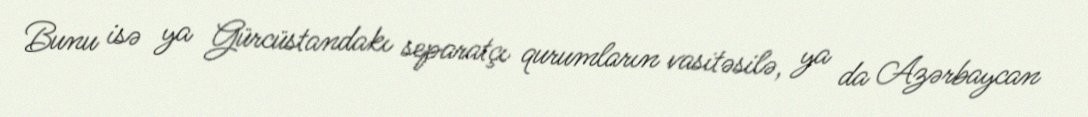
Bunu isə ya Gürcüstandakı separatçı qurumların vasitəsilə, ya da Azərbaycan